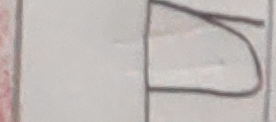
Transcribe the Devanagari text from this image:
ठ